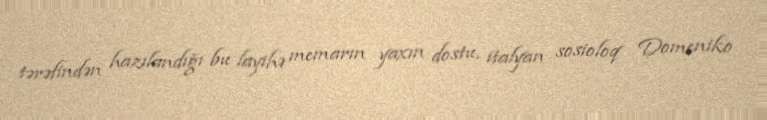
tərəfindən hazılandığı bu layihə memarın yaxın dostu, italyan sosioloq Domeniko